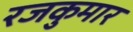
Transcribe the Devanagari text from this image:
रजकुमार